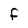
Character: F